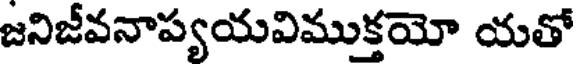
జనిజీవనాప్యయవిముక్తయో యతో